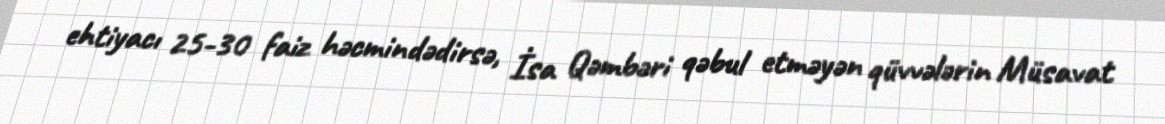
ehtiyacı 25-30 faiz həcmindədirsə, İsa Qəmbəri qəbul etməyən qüvvələrin Müsavat